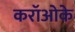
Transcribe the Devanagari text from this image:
करॉओके